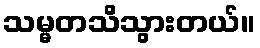
သမ္မတသိသွားတယ်။